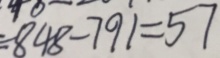
8 4 8 - 7 9 1 = 5 7